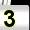
Digit: 3